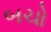
બચો